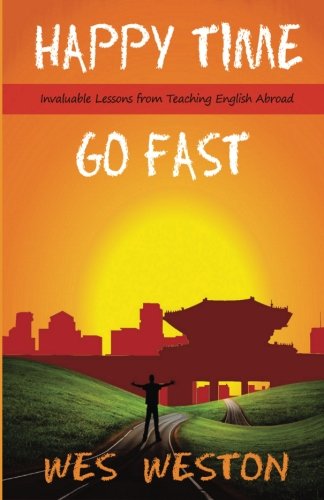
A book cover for Happy Time Go Fast: Invaluable Lessons from Teaching English Abroad; Wes Weston; Travel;